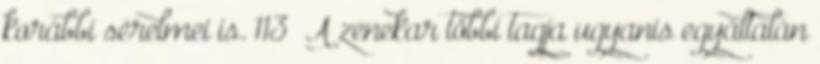
korábbi sérelmei is. 113 A zenekar többi tagja ugyanis egyáltalán